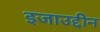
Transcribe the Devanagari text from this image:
इजाउद्दीन